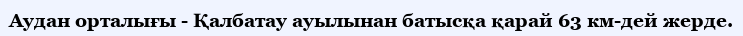
Аудан орталығы - Қалбатау ауылынан батысқа қарай 63 км-дей жерде.